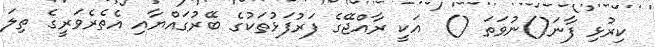
ކިރުޅި ފާނަ()ނުވަތަ ()  އަކީ ރާއްޖޭގެ ފަރުފަޅުތަކުގެ ބޭރުގައްޔާއި އެތެރެވަރީގެ ތިލަ